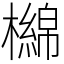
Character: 檰